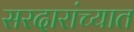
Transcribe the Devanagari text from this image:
सरदारांच्यात